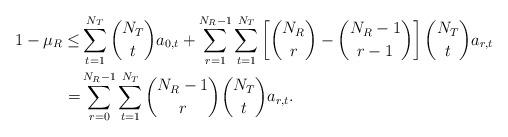
LaTeX: \begin{align*}1-\mu_R\le&\sum_{t=1}^{N_T}\binom{N_T}{t}a_{0,t}+\sum_{r=1}^{N_R-1}\sum_{t=1}^{N_T}\left[\binom{N_R}{r}-\binom{N_R-1}{r-1}\right]\binom{N_T}{t}a_{r,t}\\=&\sum_{r=0}^{N_R-1}\sum_{t=1}^{N_T}\binom{N_R-1}{r}\binom{N_T}{t}a_{r,t}.\end{align*}